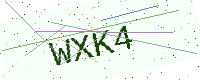
Text: WXK4